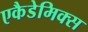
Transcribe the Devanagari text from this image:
एकैडेमिक्स